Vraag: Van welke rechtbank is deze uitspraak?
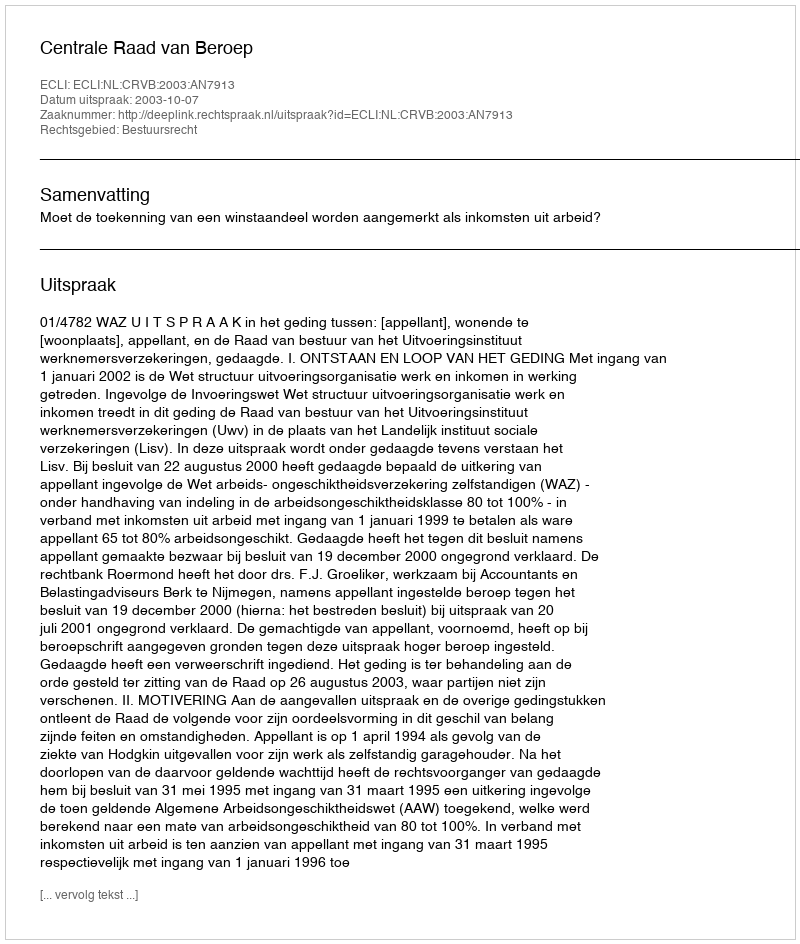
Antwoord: Centrale Raad van Beroep